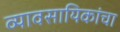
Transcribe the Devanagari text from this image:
व्यावसायिकांचा